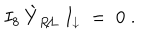
LaTeX: I _ { 8 } \: \grave { Y } _ { R \! / \! L } \: I _ { \downarrow } \; = \; 0 \; .